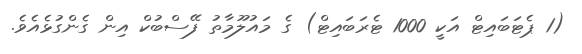
(1 ޕެޓަބައިޓް އަކީ 1000 ޓެރަބައިޓް) ގެ މައުލޫމާތު ފޭސްބުކް އިން ގެންގުޅެއެވެ.